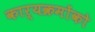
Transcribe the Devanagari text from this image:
कार्यक्रमोंको